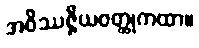
အဝိဿဇ္ဇိယဝတ္ထုကထာ။